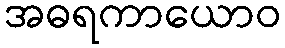
အဓရကာယောဝ